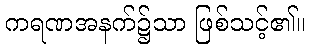
ကရဏအနက်၌သာ ဖြစ်သင့်၏။